Annual returns of the Patna Lunatic Asylum at Bankipore in Bihar and Orissa - 1912-1924
Year: 1912
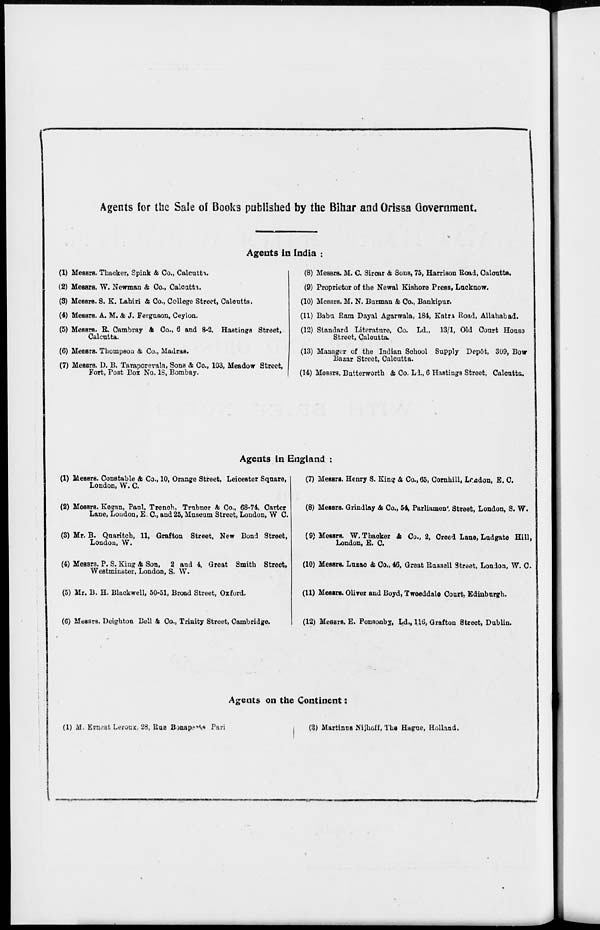
Agents for the Sale of Books published by the Bihar and Orissa Government.
Agents in India :
(1) Messrs. Thacker, Spink & Co., Calcutta.
(2) Messrs. W. Newman & Co., Calcutta.
(3) Messrs. S. K. Lahiri & Co., College Street, Calcutta.
(4) Messrs. A. M. & J. Ferguson, Ceylon.
(5) Messrs. R. Cambray & Co., 6 and 8-2, Hastings Street,
Calcutta.
(6) Messrs. Thompson & Co., Madras.
(7) Messrs. D. B. Taraporevala, Sons & Co., 103, Meadow Street,
Fort, Post Box No. 18, Bombay.
(8) Messrs. M. C. Sircar & Sons, 75, Harrison Road, Calcutta.
(9) Proprietor of the Newal Kishore Press, Lucknow.
(10) Messrs. M. N. Burman & Co., Bankipur.
(11) Babu Ram Dayal Agarwala, 184, Katra Road, Allahabad.
(12) Standard Literature, Co. Ld., 13/1, Old Court House
Street, Calcutta.
(13) Manager of the Indian School Supply Depôt, 309, Bow
Bazar Street, Calcutta.
(14) Messrs. Butterworth & Co. Ld., 6 Hastings Street, Calcutta.
Agents in England :
(1) Messrs. Constable & Co., 10, Orange Street, Leicester Square,
London, W. C.
(2) Messrs. Kegan, Paul. Trench, Trubner & Co., 68-74, Carter
Lane, London, E. C., and 25, Museum Street, London, W C.
(3) Mr. B. Quaritch, 11, Grafton Street, New Bond Street,
London, W.
(4) Messrs. P. S. King & Son, 2 and 4, Great Smith Street,
Westminster, London, S. W.
(5) Mr. B. H. Blackwell, 50-51, Broad Street, Oxford.
(6) Messrs. Deighton Dell & Co., Trinity Street, Cambridge.
(7) Messrs. Henry S. King & Co., 65, Cornhill, London, E. C.
(8) Messrs. Grindlay & Co., 54, Parliament Street, London, S. W.
(9) Messrs. W. Thacker & Co., 2, Creed Lane, Ludgate Hill,
London, E. C.
(10) Messrs. Luzac & Co., 46, Great Russell Street, London, W. C.
(11) Messrs. Oliver and Boyd, Tweeddale Court Edinburgh.
(12) Messrs. E. Ponsonby, Ld., 116, Grafton Street, Dublin.
Agents on the Continent:
(1) M. Ernest Leroux, 28, Rue Bonaparte Par
(2) Martinus Nijhoff, The Hague, Holland.